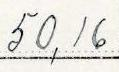
50,16